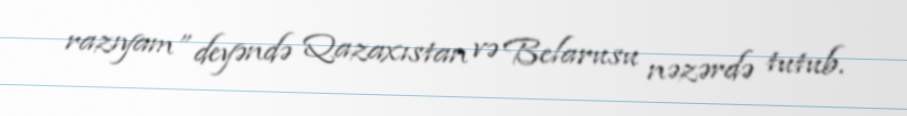
razıyam” deyəndə Qazaxıstan və Belarusu nəzərdə tutub.